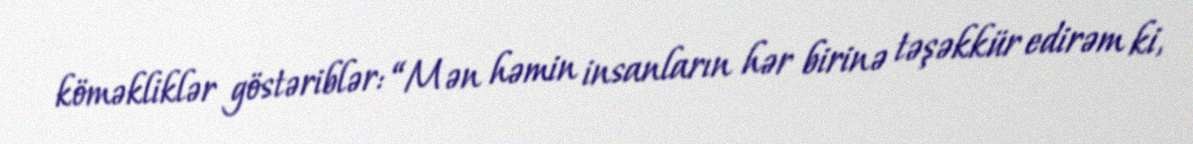
köməkliklər göstəriblər: “Mən həmin insanların hər birinə təşəkkür edirəm ki,